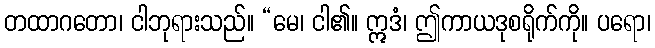
တထာဂတော၊ ငါဘုရားသည်။ “မေ၊ ငါ၏။ ဣဒံ၊ ဤကာယဒုစရိုက်ကို။ ပရော၊